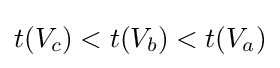
t(V_{c})<t(V_{b})<t(V_{a})